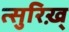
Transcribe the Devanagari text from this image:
त्सुरिख़्